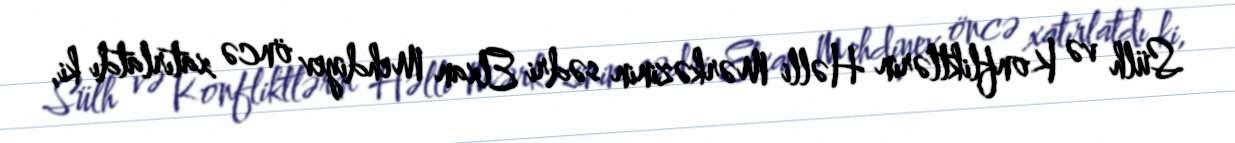
Sülh və Konfliktlərin Həlli Mərkəzinin sədri Elxan Mehdiyev öncə xatırlatdı ki,